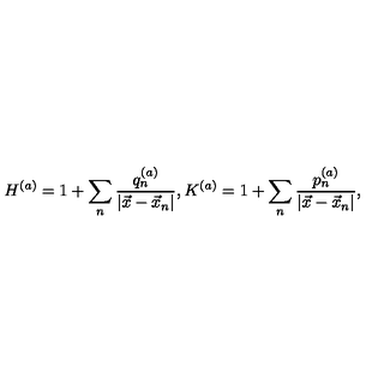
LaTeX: H ^ { ( a ) } = 1 + \sum _ { n } \frac { q _ { n } ^ { ( a ) } } { | \vec { x } - \vec { x } _ { n } | } , K ^ { ( a ) } = 1 + \sum _ { n } \frac { p _ { n } ^ { ( a ) } } { | \vec { x } - \vec { x } _ { n } | } ,